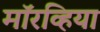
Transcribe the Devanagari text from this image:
मॉरव्हिया